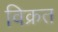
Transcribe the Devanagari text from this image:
विक्रत